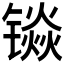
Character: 𮸡